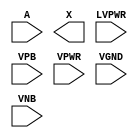
module sky130_fd_sc_hvl__lsbuflv2hv_symmetric (
    //# {{data|Data Signals}}
    input  A    ,
    output X    ,

    //# {{power|Power}}
    input  LVPWR,
    input  VPB  ,
    input  VPWR ,
    input  VGND ,
    input  VNB
);
endmodule